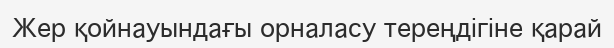
Жер қойнауындағы орналасу тереңдігіне қарай